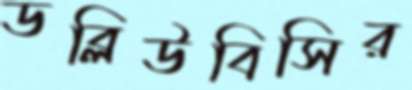
ডব্লিউবিসির